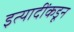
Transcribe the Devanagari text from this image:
इत्यादींकडून